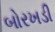
બોરખડી